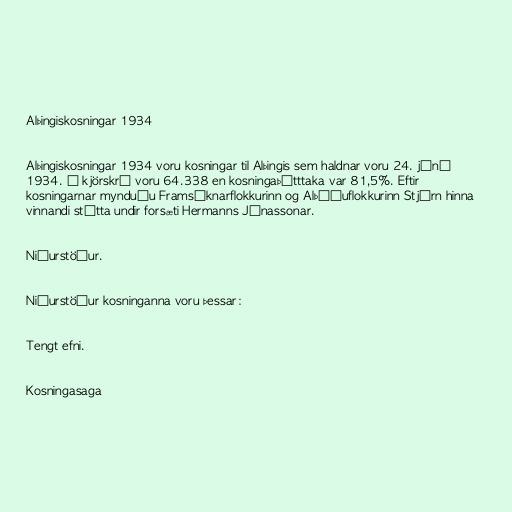
Alþingiskosningar 1934

Alþingiskosningar 1934 voru kosningar til Alþingis sem haldnar voru 24. júní
1934. Á kjörskrá voru 64.338 en kosningaþátttaka var 81,5%. Eftir
kosningarnar mynduðu Framsóknarflokkurinn og Alþýðuflokkurinn Stjórn hinna
vinnandi stétta undir forsæti Hermanns Jónassonar.

Niðurstöður.

Niðurstöður kosninganna voru þessar:

Tengt efni.

Kosningasaga